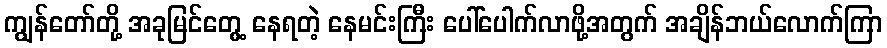
ကျွန်တော်တို့ အခုမြင်တွေ့ နေရတဲ့ နေမင်းကြီး ပေါ်ပေါက်လာဖို့အတွက် အချိန်ဘယ်လောက်ကြာ